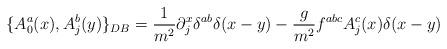
LaTeX: \begin{align*}\{A^a_0(x), A_j^b(y)\}_{DB} = \frac{1}{m^2}\partial_j^x\delta^{ab} \delta(x-y)-\frac{g}{m^2}f^{abc} A_j^c(x)\delta (x-y)\end{align*}